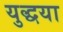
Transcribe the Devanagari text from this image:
युद्धया